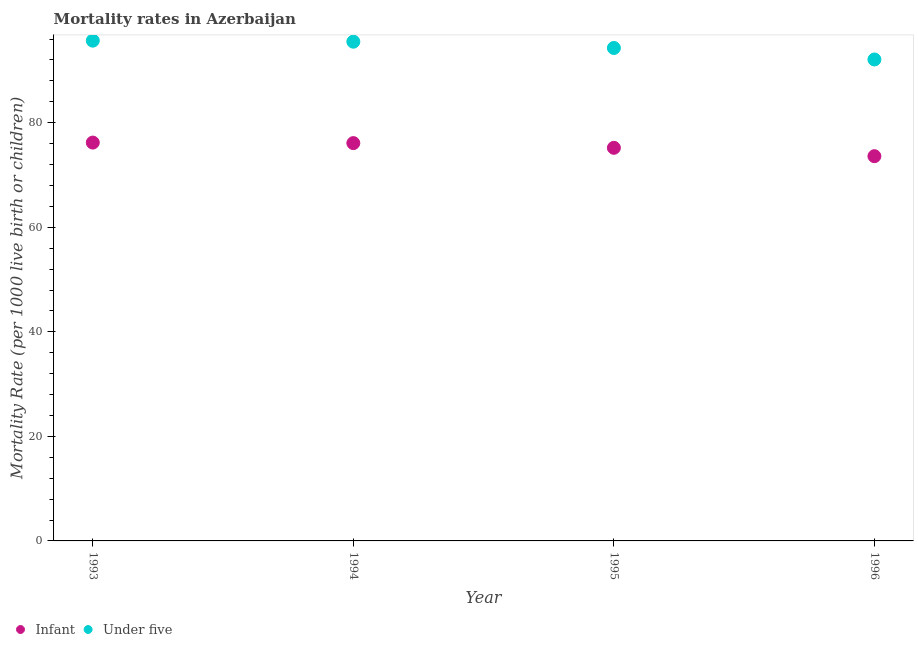
| Year | Infant | Under five |
 | --- | --- | --- |
 | 1993 | 76.2 | 95.7 |
 | 1994 | 76.1 | 95.5 |
 | 1995 | 75.2 | 94.3 |
 | 1996 | 73.6 | 92.1 |